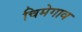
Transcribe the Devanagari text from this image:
चिमेगाव